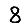
Digit: 8